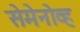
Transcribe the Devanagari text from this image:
सेमेनोव्ह